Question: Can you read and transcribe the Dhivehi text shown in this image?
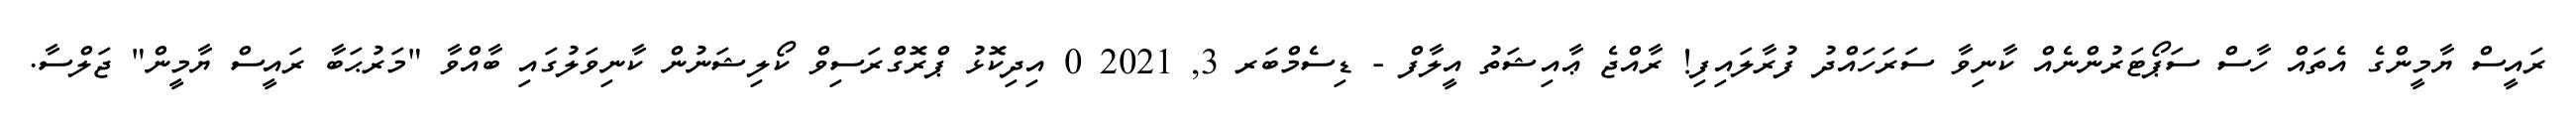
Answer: ރައީސް ޔާމީންގެ އެތައް ހާސް ސަޕޯޓަރުންނެއް ކާނިވާ ސަރަހައްދު ފުރާލައިފި! ރާއްޖެ ޢާއިޝަތު އީލާފް - ޑިސެމްބަރ 3, 2021 0 އިދިކޮޅު ޕްރޮގްރަސިވް ކޯލިޝަނުން ކާނިވަލުގައި ބާއްވާ "މަރުޙަބާ ރައީސް ޔާމީން" ޖަލްސާ.